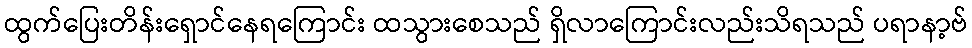
ထွက်ပြေးတိန်းရှောင်နေရကြောင်း ထသွားစေသည် ရှိလာကြောင်းလည်းသိရသည် ပရာနာ့ဗ်